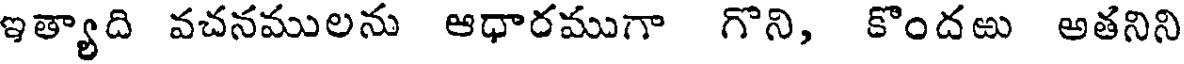
ఇత్యాది వచనములను ఆధారముగా గొని, కొందఱు అతనిని